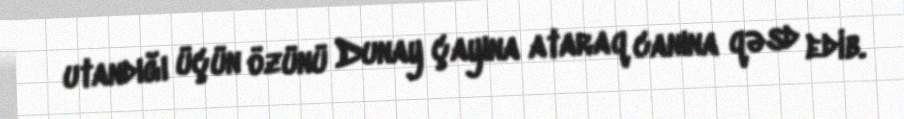
utandığı üçün özünü Dunay çayına ataraq canına qəsd edib.